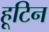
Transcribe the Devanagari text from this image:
हूटिन